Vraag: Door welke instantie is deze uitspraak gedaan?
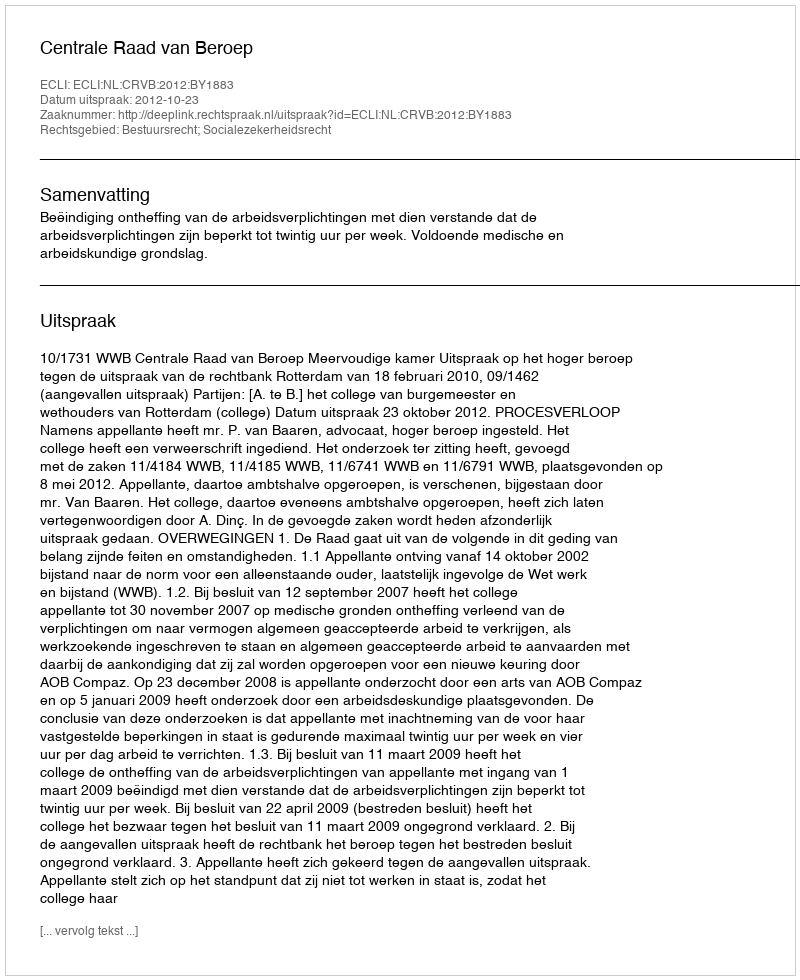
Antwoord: Centrale Raad van Beroep